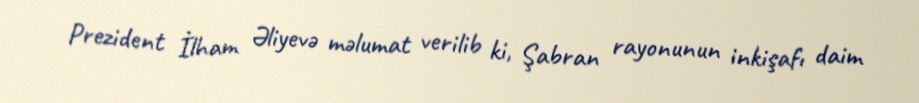
Prezident İlham Əliyevə məlumat verilib ki, Şabran rayonunun inkişafı daim